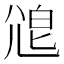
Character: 𡯱